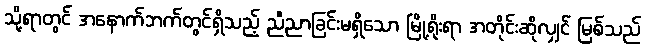
သို့ရာတွင် အနောက်ဘက်တွင်ရှိသည့် ညီညာခြင်းမရှိသော မြို့ရိုးရာ အတိုင်းဆိုလျှင် မြစ်သည်